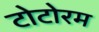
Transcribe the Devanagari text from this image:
टोटोरम